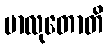
မာလုတောတိ